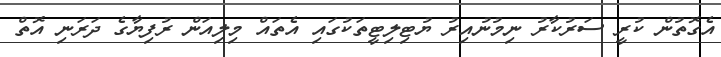
އެގޮތުން ކުރީ ސަރުކާރު ނިމުނުއިރު ޔުޓިލިޓީތަކުގައި އެތައް މިލިއަން ރުފިޔާގެ ދަރަނި އޮތް